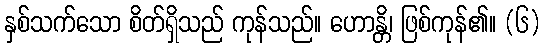
နှစ်သက်သော စိတ်ရှိသည် ကုန်သည်။ ဟောန္တိ၊ ဖြစ်ကုန်၏။ (၆)